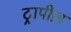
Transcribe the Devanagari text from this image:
ट्रापीज़